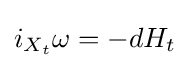
i_{X_{t}}\omega =-dH_{t}